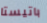
باتيستا